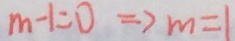
m - 1 = 0 \Rightarrow m = 1